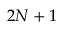
2 N + 1